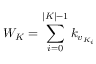
W _ { K } = \sum _ { i = 0 } ^ { | K | - 1 } k _ { v _ { K _ { i } } }